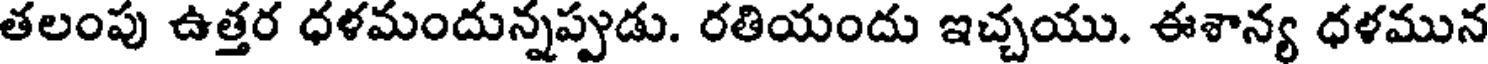
తలంపు ఉత్తర ధళమందున్నప్పుడు. రతియందు ఇచ్చయు. ఈశాన్య ధళమున